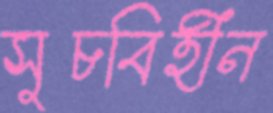
সুচবিহীন